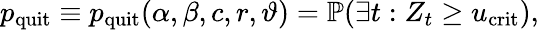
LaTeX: p_{\mathrm{quit}}\equiv p_{\mathrm{quit}}(\alpha,\beta,c,r,\vartheta)=\mathbb{P}(\exists t:Z_{t}\geq u_{\mathrm{crit}}),